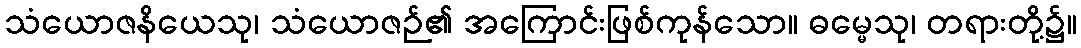
သံယောဇနိယေသု၊ သံယောဇဉ်၏ အကြောင်းဖြစ်ကုန်သော။ ဓမ္မေသု၊ တရားတို့၌။